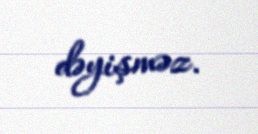
dəyişməz.